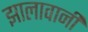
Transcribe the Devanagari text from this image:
झालावानी